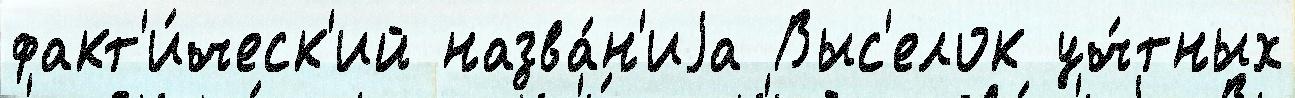
факт'и́ческ'ий назва́н'иjа Выс'елок уч́тных